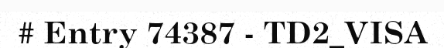
# Entry 74387 - TD2_VISA